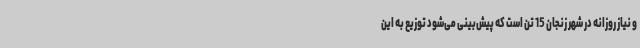
و نیاز روزانه در شهر زنجان 15 تن است که پیش‌بینی می‌شود توزیع به این